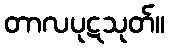
တာလပုဋသုတ်။